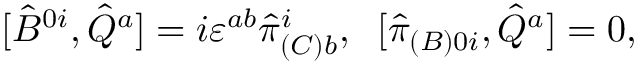
[ \hat { B } ^ { 0 i } , \hat { Q } ^ { a } ] = i \varepsilon ^ { a b } \hat { \pi } _ { ( C ) b } ^ { i } , \; \; [ \hat { \pi } _ { ( B ) 0 i } , \hat { Q } ^ { a } ] = 0 ,